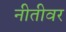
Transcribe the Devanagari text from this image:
नीतीवर